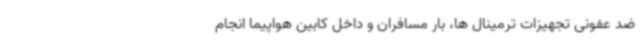
ضد عفونی تجهیزات ترمینال ها، بار مسافران و داخل کابین هواپیما انجام